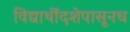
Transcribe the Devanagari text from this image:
विद्यार्थीदशेपासूनच